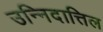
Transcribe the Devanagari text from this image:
उन्निदात्तिल